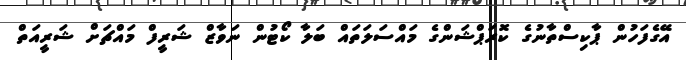
އޭގެފަހުން ޕާކިސްތާނުގެ ކޮރަޕްޝަންގެ މައްސަލަތައް ބަލާ ކޯޓުން ނަވާޒް ޝަރީފް މައްޗަށް ޝަރީއަތް